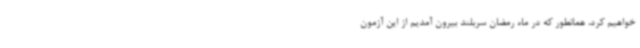
خواهیم کرد، همانطور که در ماه رمضان سربلند بیرون آمدیم از این آزمون